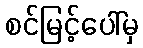
စင်မြင့်ပေါ်မှ